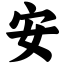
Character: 安